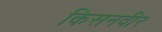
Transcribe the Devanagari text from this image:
किसनवीर